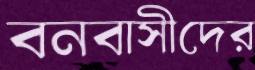
বনবাসীদের